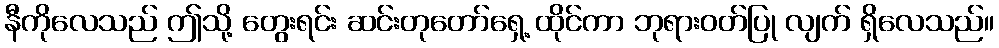
နီကိုလေသည် ဤသို့ တွေးရင်း ဆင်းတုတော်ရှေ့ ထိုင်ကာ ဘုရားဝတ်ပြု လျက် ရှိလေသည်။